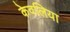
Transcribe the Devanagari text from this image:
केवलिया